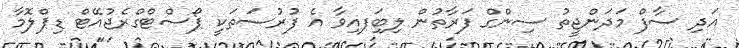
އަދި ސާފް މަދަންޖީތު ސިންގް ފަރާތުން ލިބިަފއިވާ އެ ފުރުސަތަކީ ޕޯސްޓްގްރެޖުއޭޓް ޑިޕްލޮމާ